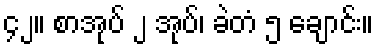
၄၂။ စာအုပ် ၂ အုပ်၊ ခဲတံ ၅ ချောင်း။